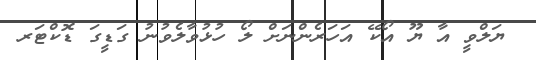
ޔަލްވީ އާ ޔޫ އޯކޭ އަހަރެންނަށް ލޯ ހުޅުވާލެވުނު ގަޑީގަ ޑޮކްޓަރ